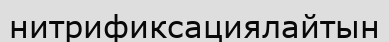
нитрификсациялайтын